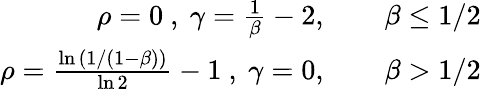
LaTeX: \begin{array}{rl}{\rho=0\mathrm{~,~}\gamma=\frac{1}{\beta}-2,\ \ }&{{}\ \ \beta\le 1/2}\\ {\rho=\frac{\ln{(1/(1-\beta))}}{\ln{2}}-1\mathrm{~,~}\gamma=0,\ \ }&{{}\ \ \beta>1/2}\end{array}